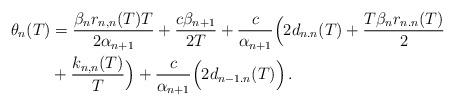
LaTeX: \begin{align*}\theta_n(T) & =\frac{\beta_n r_{n,n}(T)T}{2 \alpha_{n+1}} + \frac{c \beta_{n+1}}{2T}+\frac{c}{\alpha_{n+1}}\Big(2 d_{n.n}(T) +\frac{T \beta_n r_{n.n}(T)}{2} \\&+ \frac{k_{n,n}(T)}{T}\Big)+ \frac{c}{\alpha_{n+1}}\Big(2 d_{n-1.n}(T) \Big)\,.\end{align*}